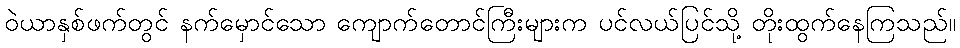
ဝဲယာနှစ်ဖက်တွင် နက်မှောင်သော ကျောက်တောင်ကြီးများက ပင်လယ်ပြင်သို့ တိုးထွက်နေကြသည်။